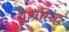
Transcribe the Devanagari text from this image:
थे।प्रसिद्ध